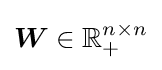
{\boldsymbol {W}}\in \mathbb {R} _{+}^{n\times n}